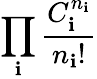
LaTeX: \prod_{\mathbf{i}}{\frac{{C_{\mathbf{i}}^{n_{\mathbf{i}}}}}{{n_{\mathbf{i}}!}}}